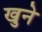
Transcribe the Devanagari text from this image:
खुने